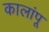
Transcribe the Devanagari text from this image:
कालांपू